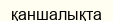
қаншалықта